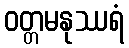
ဝတ္တမနုဿရံ